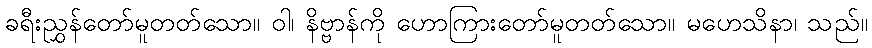
ခရီးညွှန်တော်မူတတ်သော။ ဝါ၊ နိဗ္ဗာန်ကို ဟောကြားတော်မူတတ်သော။ မဟေသိနာ၊ သည်။